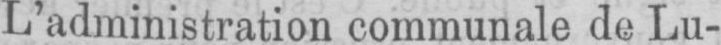
L’administration communale de Lu-